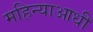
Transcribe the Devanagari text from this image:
महिन्याआधी